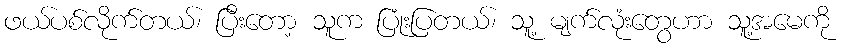
ဖယ်ပစ်လိုက်တယ်၊ ပြီးတော့ သူက ပြုံးပြတယ်၊ သူ့ မျက်လုံးတွေဟာ သူ့အမေကို